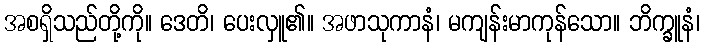
အစရှိသည်တို့ကို။ ဒေတိ၊ ပေးလှူ၏။ အဖာသုကာနံ၊ မကျန်းမာကုန်သော။ ဘိက္ခူနံ၊